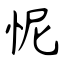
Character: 怩